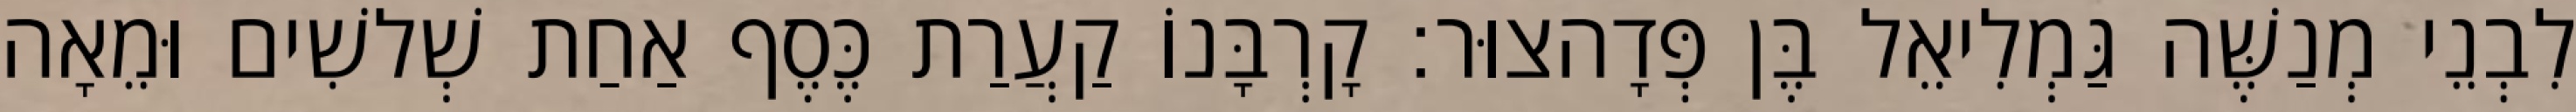
לִבְנֵי מְנַשֶּׁה גַּמְלִיאֵל בֶּן פְּדָהצוּר׃ קָרְבָּנוֹ קַעֲרַת כֶּסֶף אַחַת שְׁלשִׁים וּמֵאָה